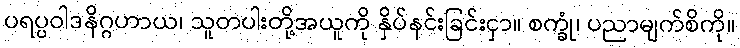
ပရပ္ပဝါဒနိဂ္ဂဟာယ၊ သူတပါးတို့အယူကို နှိပ်နင်းခြင်းငှာ။ စက္ခုံ၊ ပညာမျက်စိကို။